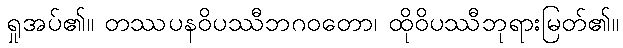
ရှုအပ်၏။ တဿပနဝိပဿီဘဂဝတော၊ ထိုဝိပဿီဘုရားမြတ်၏။